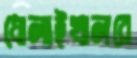
ধোলাইখালরে